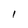
Character: I